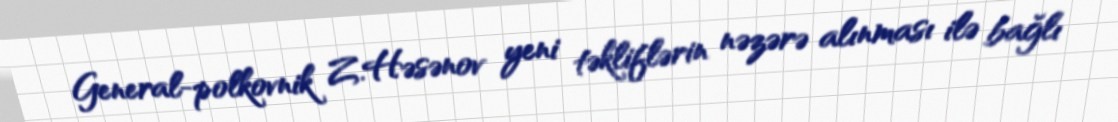
General-polkovnik Z.Həsənov yeni təkliflərin nəzərə alınması ilə bağlı